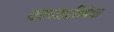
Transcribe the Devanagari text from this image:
काव्यप्रतिमेचा